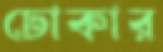
ঢোকার